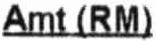
AMT (RM)